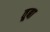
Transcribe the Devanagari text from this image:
तूबा